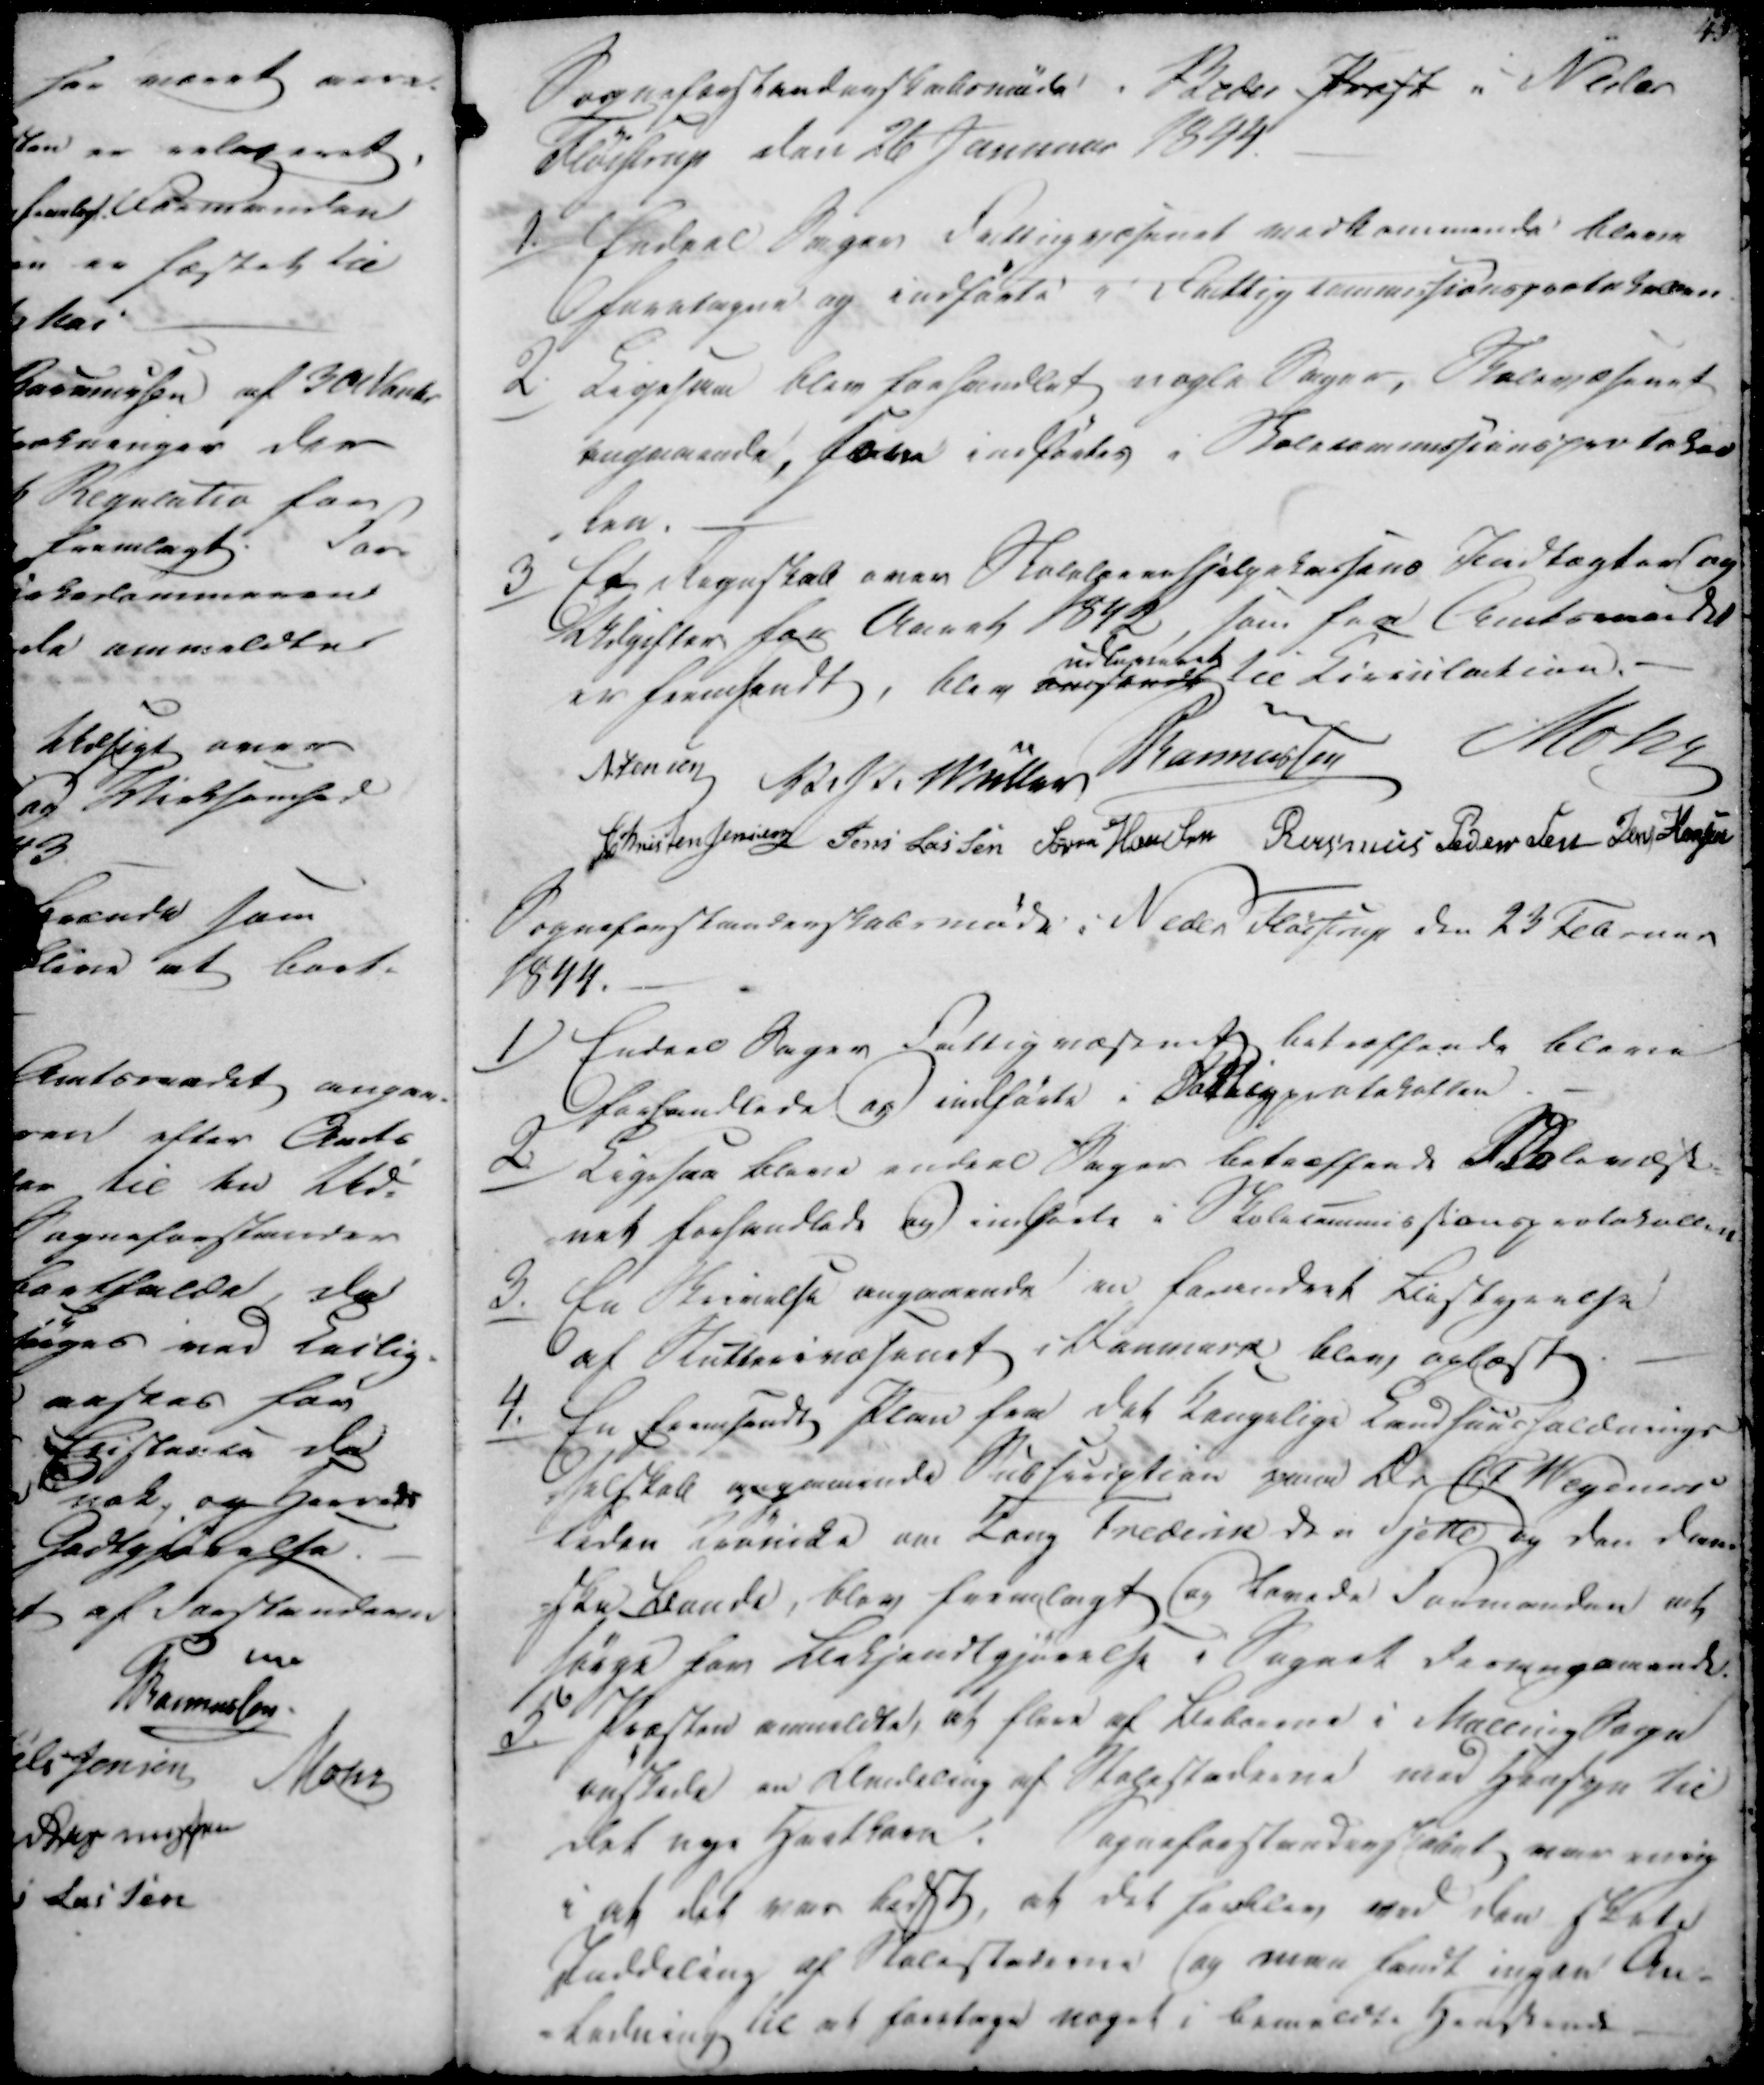
Transskription:
Sogneforstanderskabsmøde i Beder Præst i Neder
Fløistrup den 26 Januar 1844.

1./

Endeel Sager Fattigvæsenet vedkommende bleve
foretagne og indførte i Fattigcommissionsprotokollen

2.

Ligesaa blev forhandlet nogle Sager, Skolevæsenet
angaaende, som indførtes i Skolecommissionsprotokol
len.

3/

Et Regnskab over Skolelærerhjælpekassens Indtægter og
Udgifter for Aaret 1842, som fra Amtsraadte
er fremsendt, blev ansendt udlegeret til Lirinlation.

N. Jensen
V. P. Müller
Rasmussen
Mohr
Christen Jensen
Jens Lassen
Søren Hansen
Rasmus Pedersen
Jens Hansen

Sogneforstanderskabsmøde i Neder Fløistrup den 23 Februar
1844.

1)

Endeel Sager Fattigvæsenet betræffende bleve
forhandlede og indførte i Fattigprotokollen.

2./

Ligesaa bleve endeel Sager betræffende Skolevæs-
net forhandlede og indsede i Skolecommissionsprotokollen

3.

En Skrivelse angaaende en forvendeet Bistgeelse
af Skatterivæsenet i Danmark blev oplæst.

4.

En fremsendt Plan for det Kongelige Landhuusholdnings
-selskab angaaende Subsarigtion paa Dn CT Wegeners
leden laanide var Kong Frederik den Sjette og den dan-
ske Bande, blev fremlagt og lovede Formanden at
sørge for Bekjændtgjørelse i Sognet desangaaende.

5.

Præsten anmeldte, at flere af Beboerne i Malling Sogn
ønskede en Indeling af Skolestederne med Hensyn til
det nye Hartkorn. Sogneforstanderskabet var enig
i at det var bedst, at det forblev ved den skole
Inddeling af Skolestederne og man fandt ingen An-
-ledning til at foretage noget i bemeldte Hensende